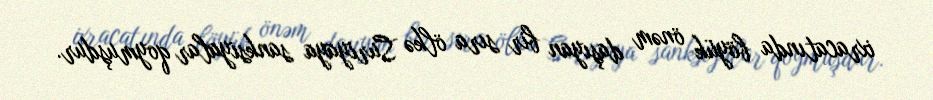
ixracatında böyük önəm daşıyan bir sıra ölkə Suriyaya sanksiyalar qoymuşdur.